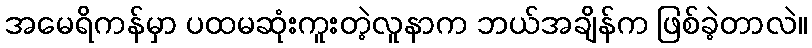
အမေရိကန်မှာ ပထမဆုံးကူးတဲ့လူနာက ဘယ်အချိန်က ဖြစ်ခဲ့တာလဲ။